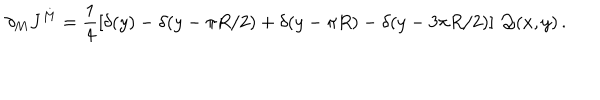
\partial _ { M } J ^ { M } = \frac { 1 } { 4 } \left[ \delta ( y ) - \delta ( y - \pi R / 2 ) + \delta ( y - \pi R ) - \delta ( y - 3 \pi R / 2 ) \right] \, { \cal Q } ( x , y ) \, .